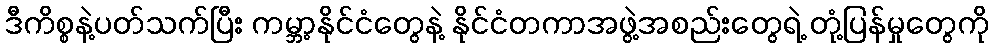
ဒီကိစ္စနဲ့ပတ်သက်ပြီး ကမ္ဘာ့နိုင်ငံတွေနဲ့ နိုင်ငံတကာအဖွဲ့အစည်းတွေရဲ့ တုံ့ပြန်မှုတွေကို